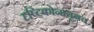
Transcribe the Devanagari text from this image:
दृष्टिकोनातूनच